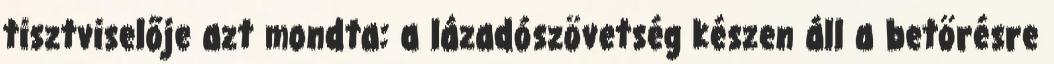
tisztviselője azt mondta: a lázadószövetség készen áll a betörésre